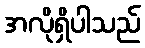
အလိုရှိပါသည်